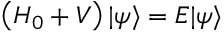
\left( H _ { 0 } + V \right) | \psi \rangle = E | \psi \rangle